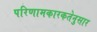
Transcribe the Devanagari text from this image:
परिणामकारकतेनुसार